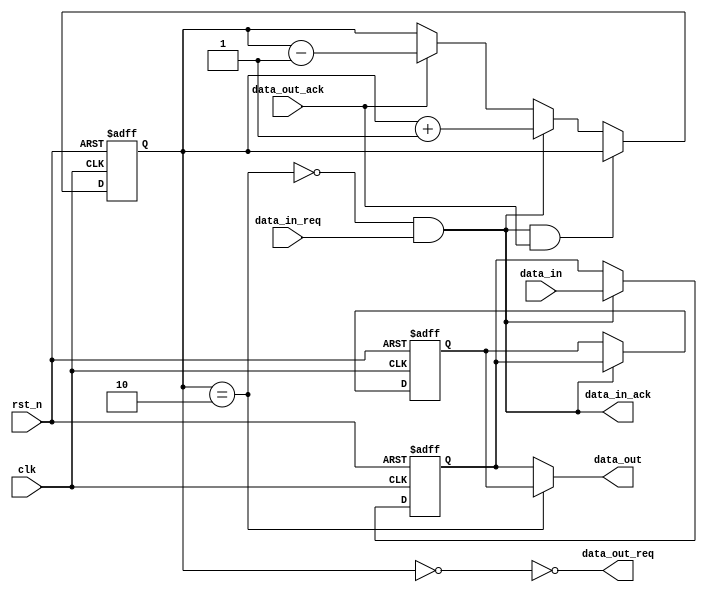
module zl_fifo_2 #
(
    parameter Width = 0
)
(
    input clk,
    input rst_n,
    //
    input  data_in_req,
    output data_in_ack,
    input [Width-1:0] data_in,
    //
    output data_out_req,
    input  data_out_ack,
    output [Width-1:0] data_out
);

reg [Width-1:0] fifo_mem [0:1];

reg [1:0] used;
wire empty;
wire full;

assign empty = (used == 2'b00);
assign full = (used == 2'b10);

// assign outputs
assign data_out_req = (!empty);
assign data_in_ack = (!full && data_in_req);

assign data_out = (full ? fifo_mem[1] : fifo_mem[0]);

// keep used count
always @(posedge clk or negedge rst_n) begin
    if(!rst_n) begin
        used <= 2'b00;
    end
    else if(data_in_ack && data_out_ack) begin
        used <= used;
    end
    else if(data_in_ack) begin
        used <= used + 1'b1;
    end
    else if(data_out_ack) begin
        used <= used - 1'b1;
    end
end

// fill fifo_mem
always @(posedge clk or negedge rst_n) begin
    if(!rst_n) begin
        fifo_mem[0] <= {Width{1'b0}};
        fifo_mem[1] <= {Width{1'b0}};
    end
    else if(data_in_ack) begin
        fifo_mem[0] <= data_in;
        fifo_mem[1] <= fifo_mem[0];
    end
end
endmodule